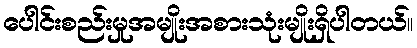
ပေါင်းစည်းမှုအမျိုးအစားသုံးမျိုးရှိပါတယ်။